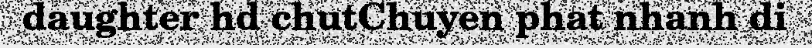
daughter hd chutChuyen phat nhanh di